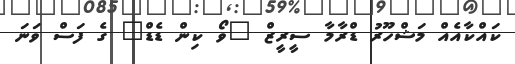
ކައްކާއެއް މަޝްހޫރު ޑްރާމާ ސީރީޒް "ވޯ ކިން ޑެޑް" ގެ ފަސް ވަނަ